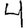
Digit: 4